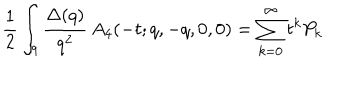
\frac { 1 } { 2 } \int _ { q } \frac { \Delta ( q ) } { q ^ { 2 } } \, A _ { 4 } ( - t ; q , - q , 0 , 0 ) = \sum _ { k = 0 } ^ { \infty } t ^ { k } P _ { k }